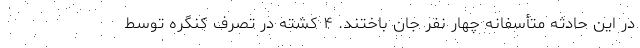
در این حادثه متأسفانه چهار نفر جان باختند. ۴ کشته در تصرف کنگره توسط